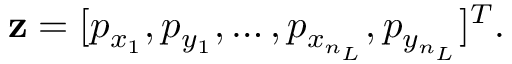
\mathbf { z } = [ p _ { x _ { 1 } } , p _ { y _ { 1 } } , \hdots , p _ { x _ { n _ { L } } } , p _ { y _ { n _ { L } } } ] ^ { T } .